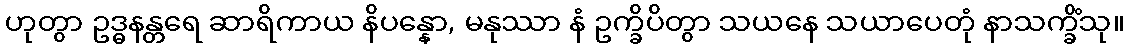
ဟုတွာ ဥဒ္ဓနန္တရေ ဆာရိကာယ နိပန္နော, မနုဿာ နံ ဥက္ခိပိတွာ သယနေ သယာပေတုံ နာသက္ခိံသု။